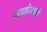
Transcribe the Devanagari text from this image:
सप्र्धेमध्ये